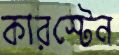
কারস্টেন